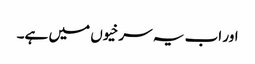
اور اب یہ سرخیوں میں ہے۔